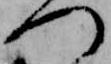
つ